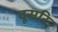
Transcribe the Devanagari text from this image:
दूसरि